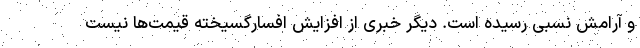
و آرامش نسبی رسیده است. دیگر خبری از افزایش افسارگسیخته قیمت‌ها نیست